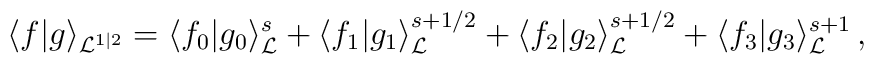
\langle f|g\rangle_{{\cal L}^{1|2}}=\langle f_0|g_0\rangle_{\cal L}^s+\langle f_1|g_1\rangle_{\cal L}^{s+1/2}+\langle f_2|g_2\rangle_{\cal L}^{s+1/2}+\langle f_3|g_3\rangle_{\cal L}^{s+1}\,,